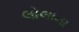
લોલાના